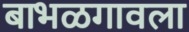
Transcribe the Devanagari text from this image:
बाभळगावला